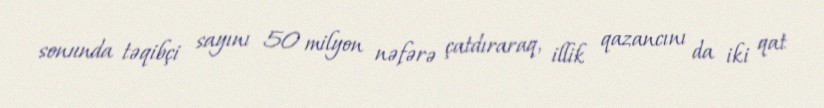
sonunda təqibçi sayını 50 milyon nəfərə çatdıraraq, illik qazancını da iki qat